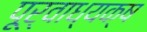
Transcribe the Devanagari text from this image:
पूर्वाध्यक्ष